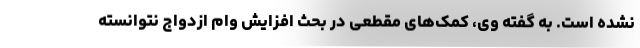
نشده است. به گفته وی، کمک‌های مقطعی در بحث افزایش وام ازدواج نتوانسته